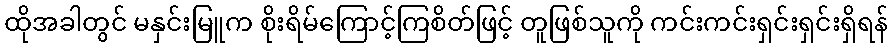
ထိုအခါတွင် မနှင်းမြူက စိုးရိမ်ကြောင့်ကြစိတ်ဖြင့် တူဖြစ်သူကို ကင်းကင်းရှင်းရှင်းရှိရန်